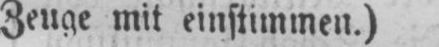
Zeuge mit einstimmen.)